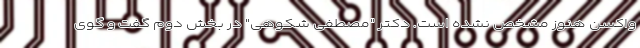
واکسن هنوز مشخص نشده است. دکتر "مصطفی شکوهی" در بخش دوم گفت و گوی